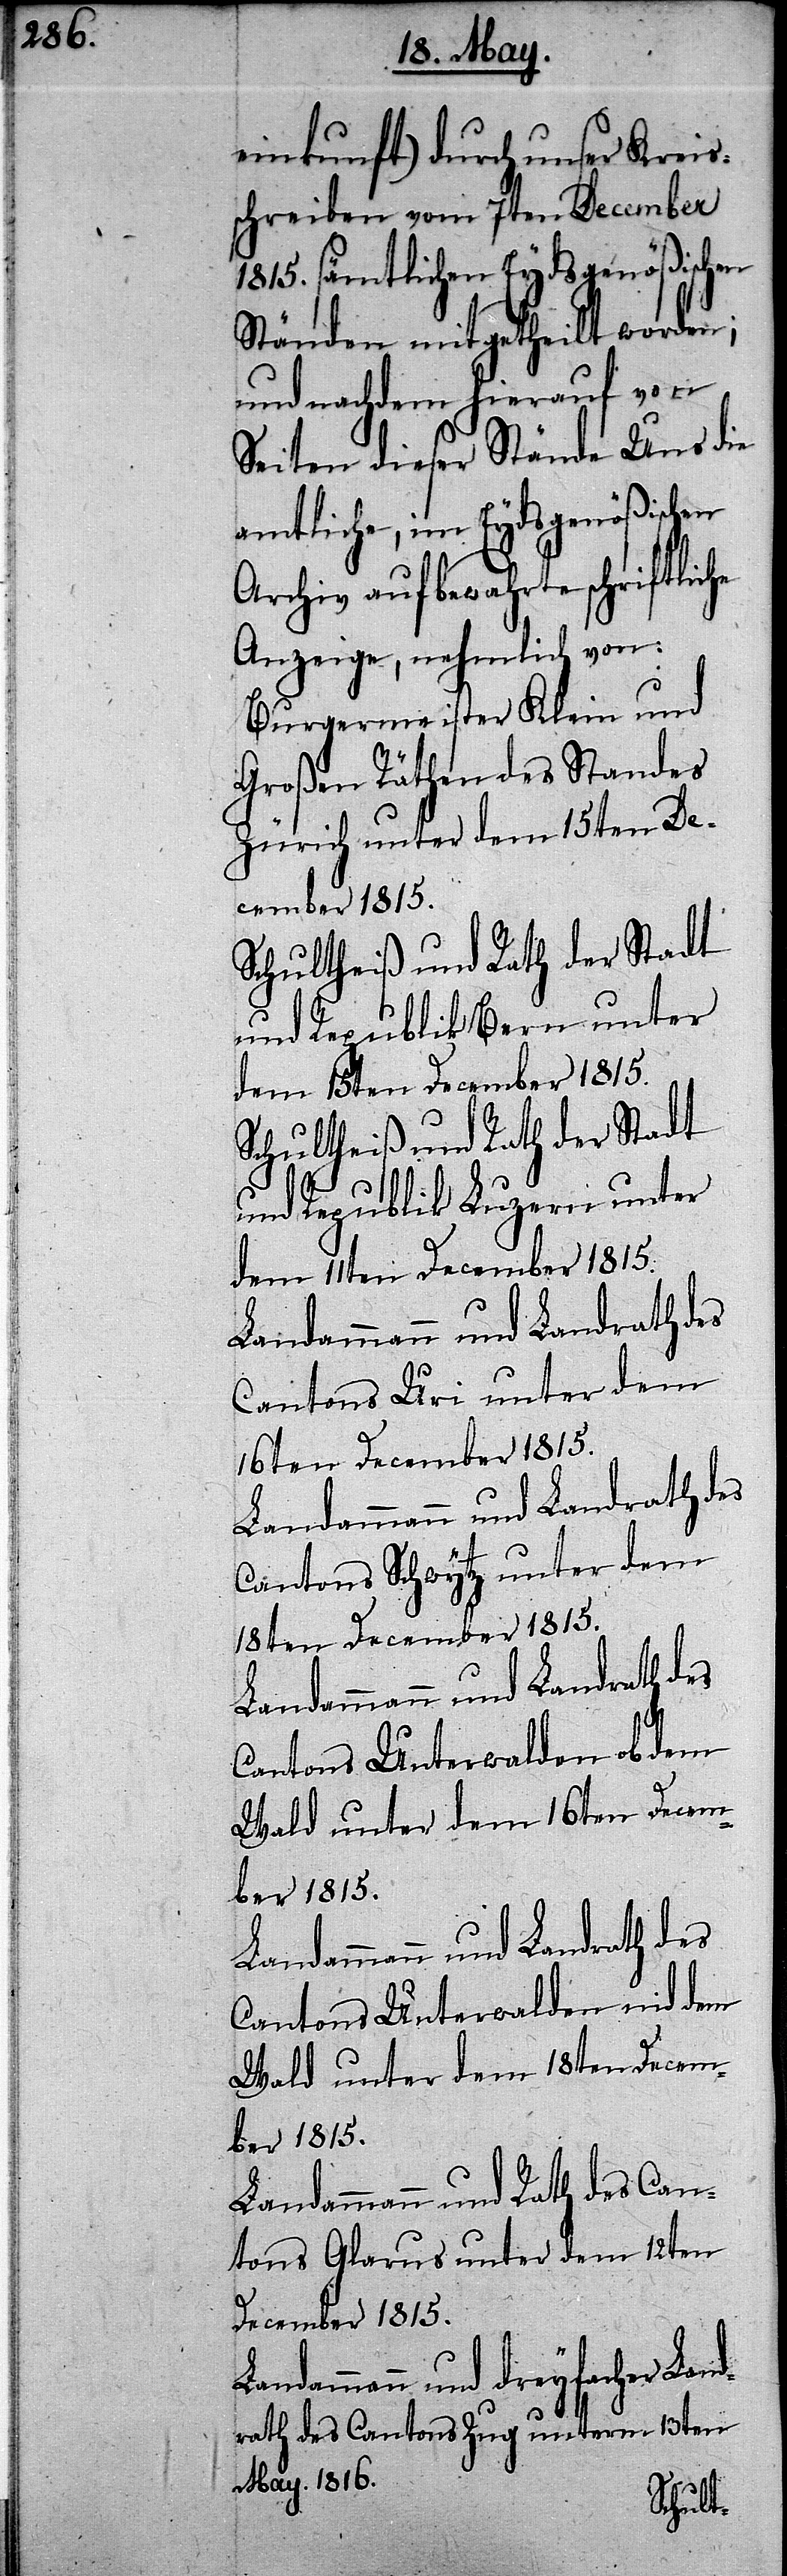
einkunft) durch unser Kreis¬
schreiben vom 7ten December
1815. sämtlichen Eydsgenößischen
Ständen mitgetheilt worden;
und nachdem hierauf von
Seiten dieser Stände Uns die
amtliche, im Eydsgenößischen
Archiv aufbewahrte schriftliche
Anzeige, nehmlich von:
Burgermeister Klein und
Großen Räthen des Standes
Zürich unter dem 15ten De¬
cember 1815.
Schultheiß und Rath der Stadt
und Republik Bern unter
dem 15ten December 1815.
Schultheiß und Rath der Stadt
und Republik Luzern unter
dem 11ten December 1815.
Landammann und Landrath des
Cantons Uri unter dem
16ten December 1815.
Landammann und Landrath des
Cantons Schwytz unter dem
18ten December 1815.
Cantons Unterwalden ob dem
Wald unter dem 16ten Decem¬
ber 1815.
Cantons Unterwalden nid dem
Wald unter dem 18ten Decem¬
ber 1815.
Landammann und Rath des Can¬
tons Glarus unter dem 12ten
December 1815.
Landammann und dreyfacher Land¬
rath des Cantons Zug unterm 13ten
May. 1816.